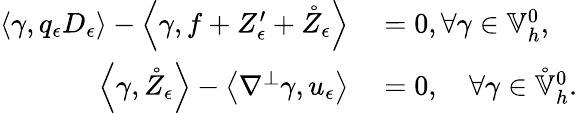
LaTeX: \begin{array}{rl}{\left\langle\gamma,q_{\epsilon}D_{\epsilon}\right\rangle-\left\langle\gamma,f+Z_{\epsilon}^{\prime}+\mathring{Z}_{\epsilon}\right\rangle}&{{}=0,\forall\gamma\in\mathbb{V}_{h}^{0},}\\ {\left\langle\gamma,\mathring{Z}_{\epsilon}\right\rangle-\left\langle\nabla^{\perp}\gamma,u_{\epsilon}\right\rangle}&{{}=0,\quad\forall\gamma\in\mathring{\mathbb{V}}_{h}^{0}.}\end{array}